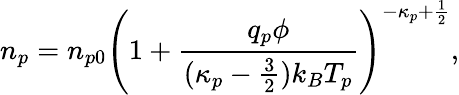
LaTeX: n_{p}=n_{p0}\left(1+\frac{q_{p}\phi}{(\kappa_{p}-\frac{3}{2})k_{B}T_{p}}\right)^{-\kappa_{p}+\frac{1}{2}},